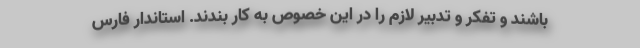
باشند و تفکر و تدبیر لازم را در این خصوص به کار بندند. استاندار فارس